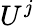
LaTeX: U^{j}